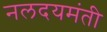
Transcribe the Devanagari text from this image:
नलदयमंती